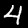
Label: 4